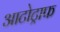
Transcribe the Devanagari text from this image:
आटोट्राफ